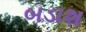
બડાશ